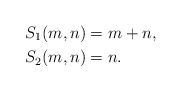
LaTeX: \begin{align*}S_1(m,n) &= m + n,\\S_2(m,n) &= n.\end{align*}